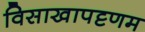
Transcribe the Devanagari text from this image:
विसाखापट्टणम